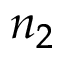
n _ { 2 }